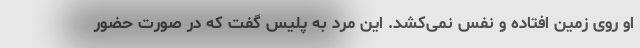
او روی زمین افتاده و نفس نمی‌کشد. این مرد به پلیس گفت که در صورت حضور